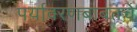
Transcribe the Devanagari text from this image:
पर्यावरणबाबतचे